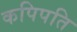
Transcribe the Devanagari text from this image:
कपिपति